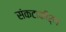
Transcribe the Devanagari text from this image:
संकटाकीर्ण